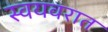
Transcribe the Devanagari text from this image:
स्वयवरात